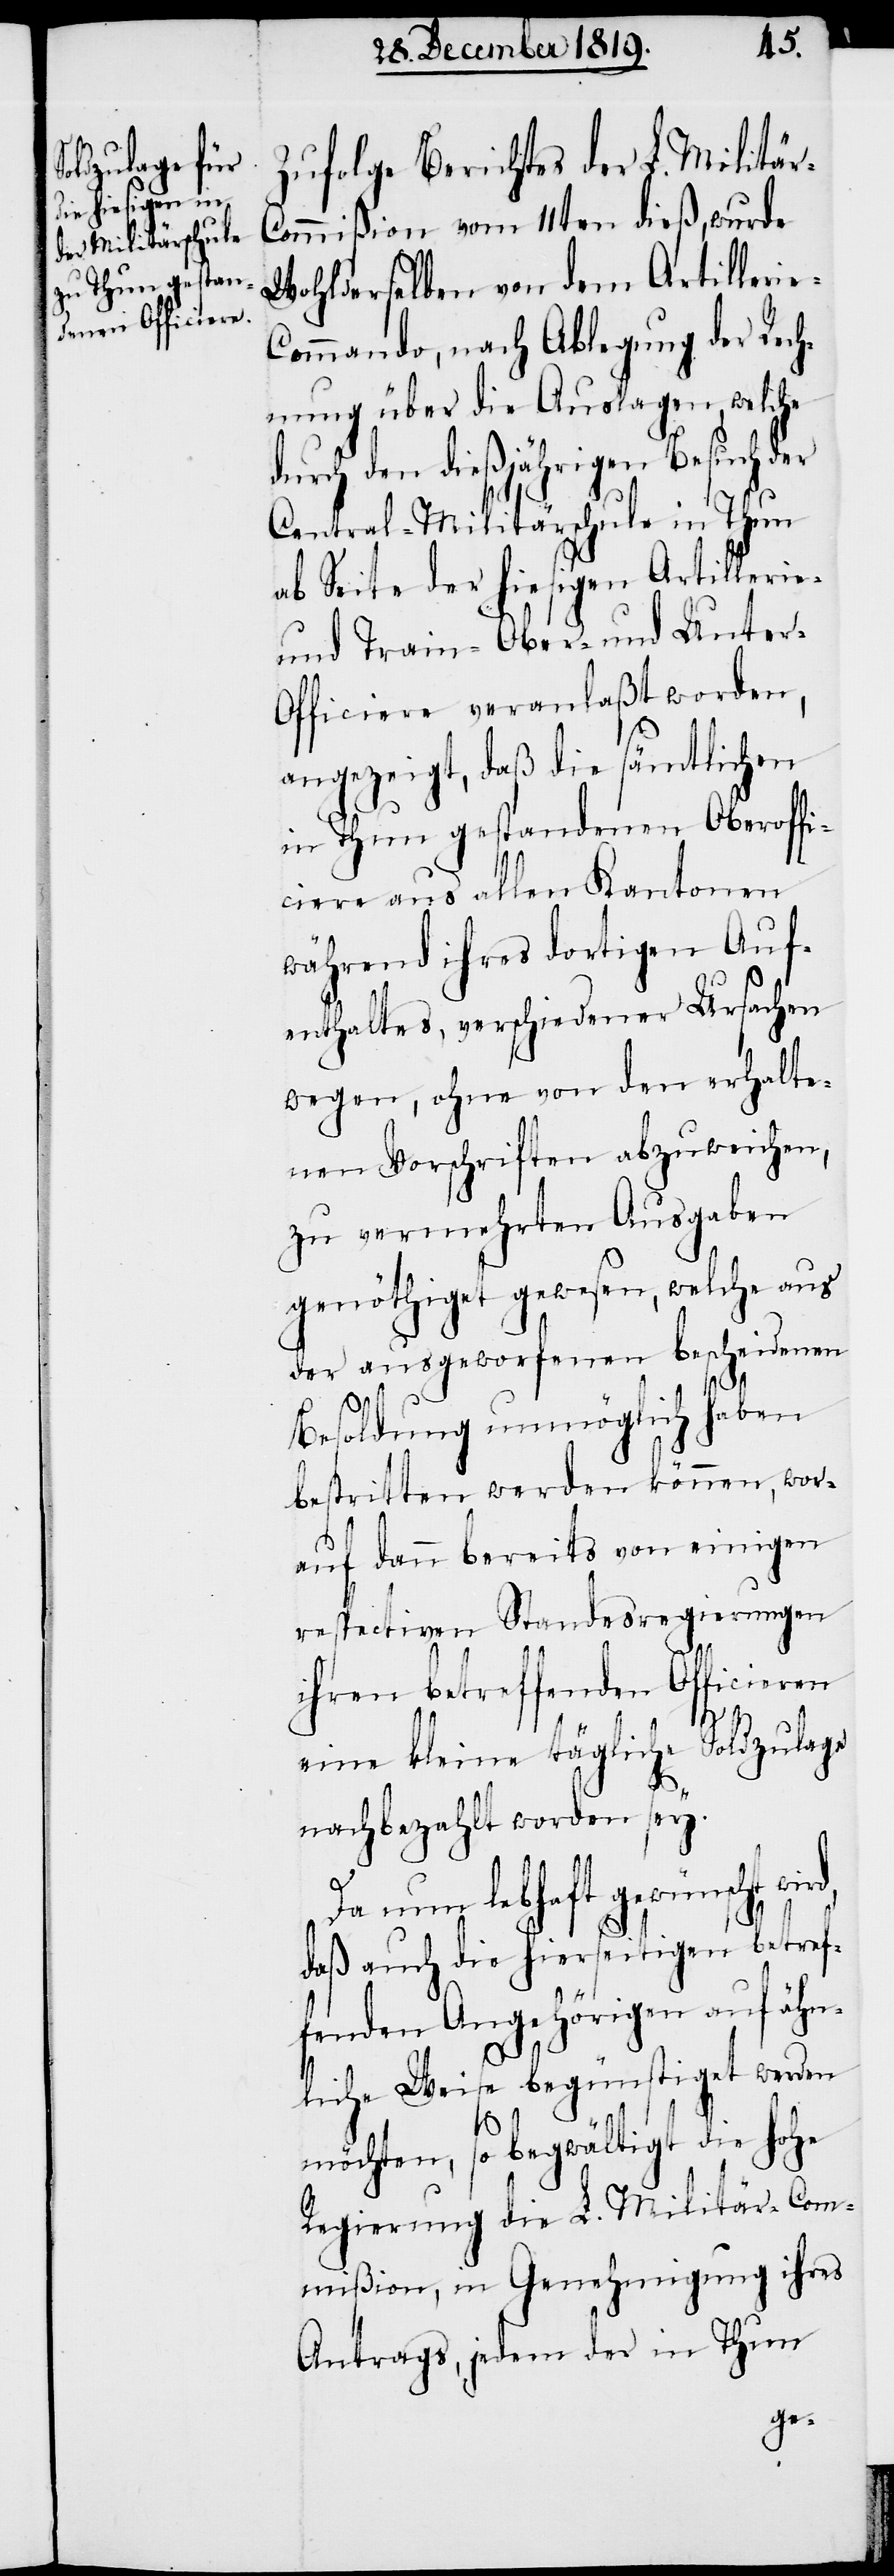
Zufolge Berichtes der L. Militä¬
ommißion vom 11ten dieß, wurde
Wohlderselben von dem Artilleri¬
ommando, nach Ablegung der Rech¬
nung über die Auslagen, welche
durch den dießjährigen Besuch der
Central-Militärschule in Thun
ab Seite der hiesigen Artillerie-
und Train- [,] Ober- und Unter-O¬
fficiere veranlaßt worden,
angezeigt, daß die sämtlichen
in Thun gestandenen Oberoffi¬
ciere aus allen Kantonen
während ihres dortigen Auf¬
enthaltes, verschiedener Ursachen
wegen, ohne von den erhalte¬
nen Vorschriften abzuweichen,
zu vermehrten Ausgaben
genöthiget gewesen, welche aus
der ausgeworfenen bescheidenen
Besoldung unmöglich haben
bestritten werden können, wor¬
auf dann bereits von einigen
respectiven Standesregierungen
ihren betreffenden Officieren
eine kleine tägliche Soldzulage
nachbezahlt worden sey.
Da nun lebhaft gewünscht wi¬
daß auch die hierseitigen betref¬
fenden Angehörigen auf ähn¬
liche Weise begünstiget werden
rd,
möchten, so begwältigt die hohe
Regierung die L. Militär-Com¬
mißion, in Genehmigung ihres
Antrags, jedem der in Thun